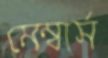
মেম্বার্স